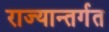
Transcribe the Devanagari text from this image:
राज्यान्तर्गत